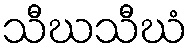
သီဃသီဃံ